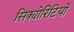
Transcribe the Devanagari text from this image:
सिक्योरिटियों